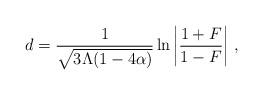
LaTeX: \begin{align*} d=\frac{1}{\sqrt{3\Lambda(1-4\alpha)}}\ln{\left|\frac{1+F}{1-F} \right|}~,\end{align*}